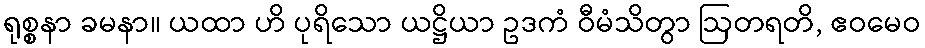
ရုစ္စနာ ခမနာ။ ယထာ ဟိ ပုရိသော ယဋ္ဌိယာ ဥဒကံ ဝီမံသိတွာ ဩတရတိ, ဧဝမေဝ